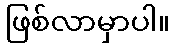
ဖြစ်လာမှာပါ။